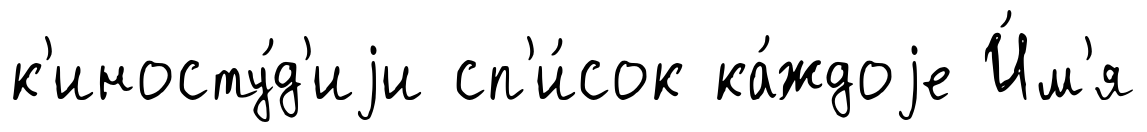
к'иносту́д'иjи сп'и́сок ка́ждоjе И́м'я